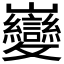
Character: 𫶦